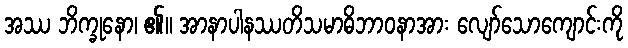
အဿ ဘိက္ခုနော၊ ၏။ အာနာပါနဿတိသမာဓိဘာဝနာအား လျော်သောကျောင်းကို